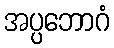
အပ္ပဘောဂံ